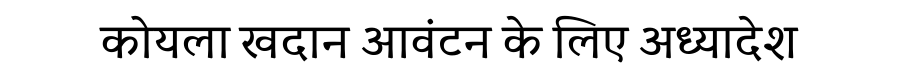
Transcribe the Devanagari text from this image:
कोयला खदान आवंटन के लिए अध्यादेश